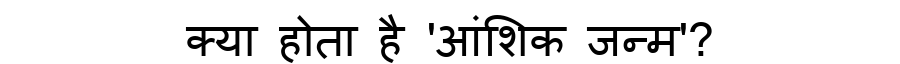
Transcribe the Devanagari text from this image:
क्या होता है 'आंशिक जन्म'?